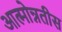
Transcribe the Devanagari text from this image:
आत्मोन्नतीस